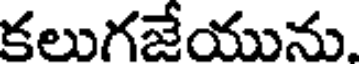
కలుగజేయును.